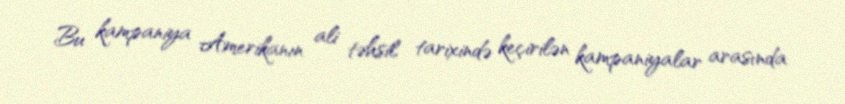
Bu kampaniya Amerikanın ali təhsil tarixində keçirilən kampaniyalar arasında